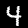
Label: 4